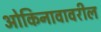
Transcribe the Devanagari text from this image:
ओकिनावावरील